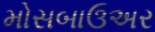
મોસબાઉઅર